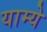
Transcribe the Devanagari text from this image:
याम्ये